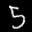
Label: 5